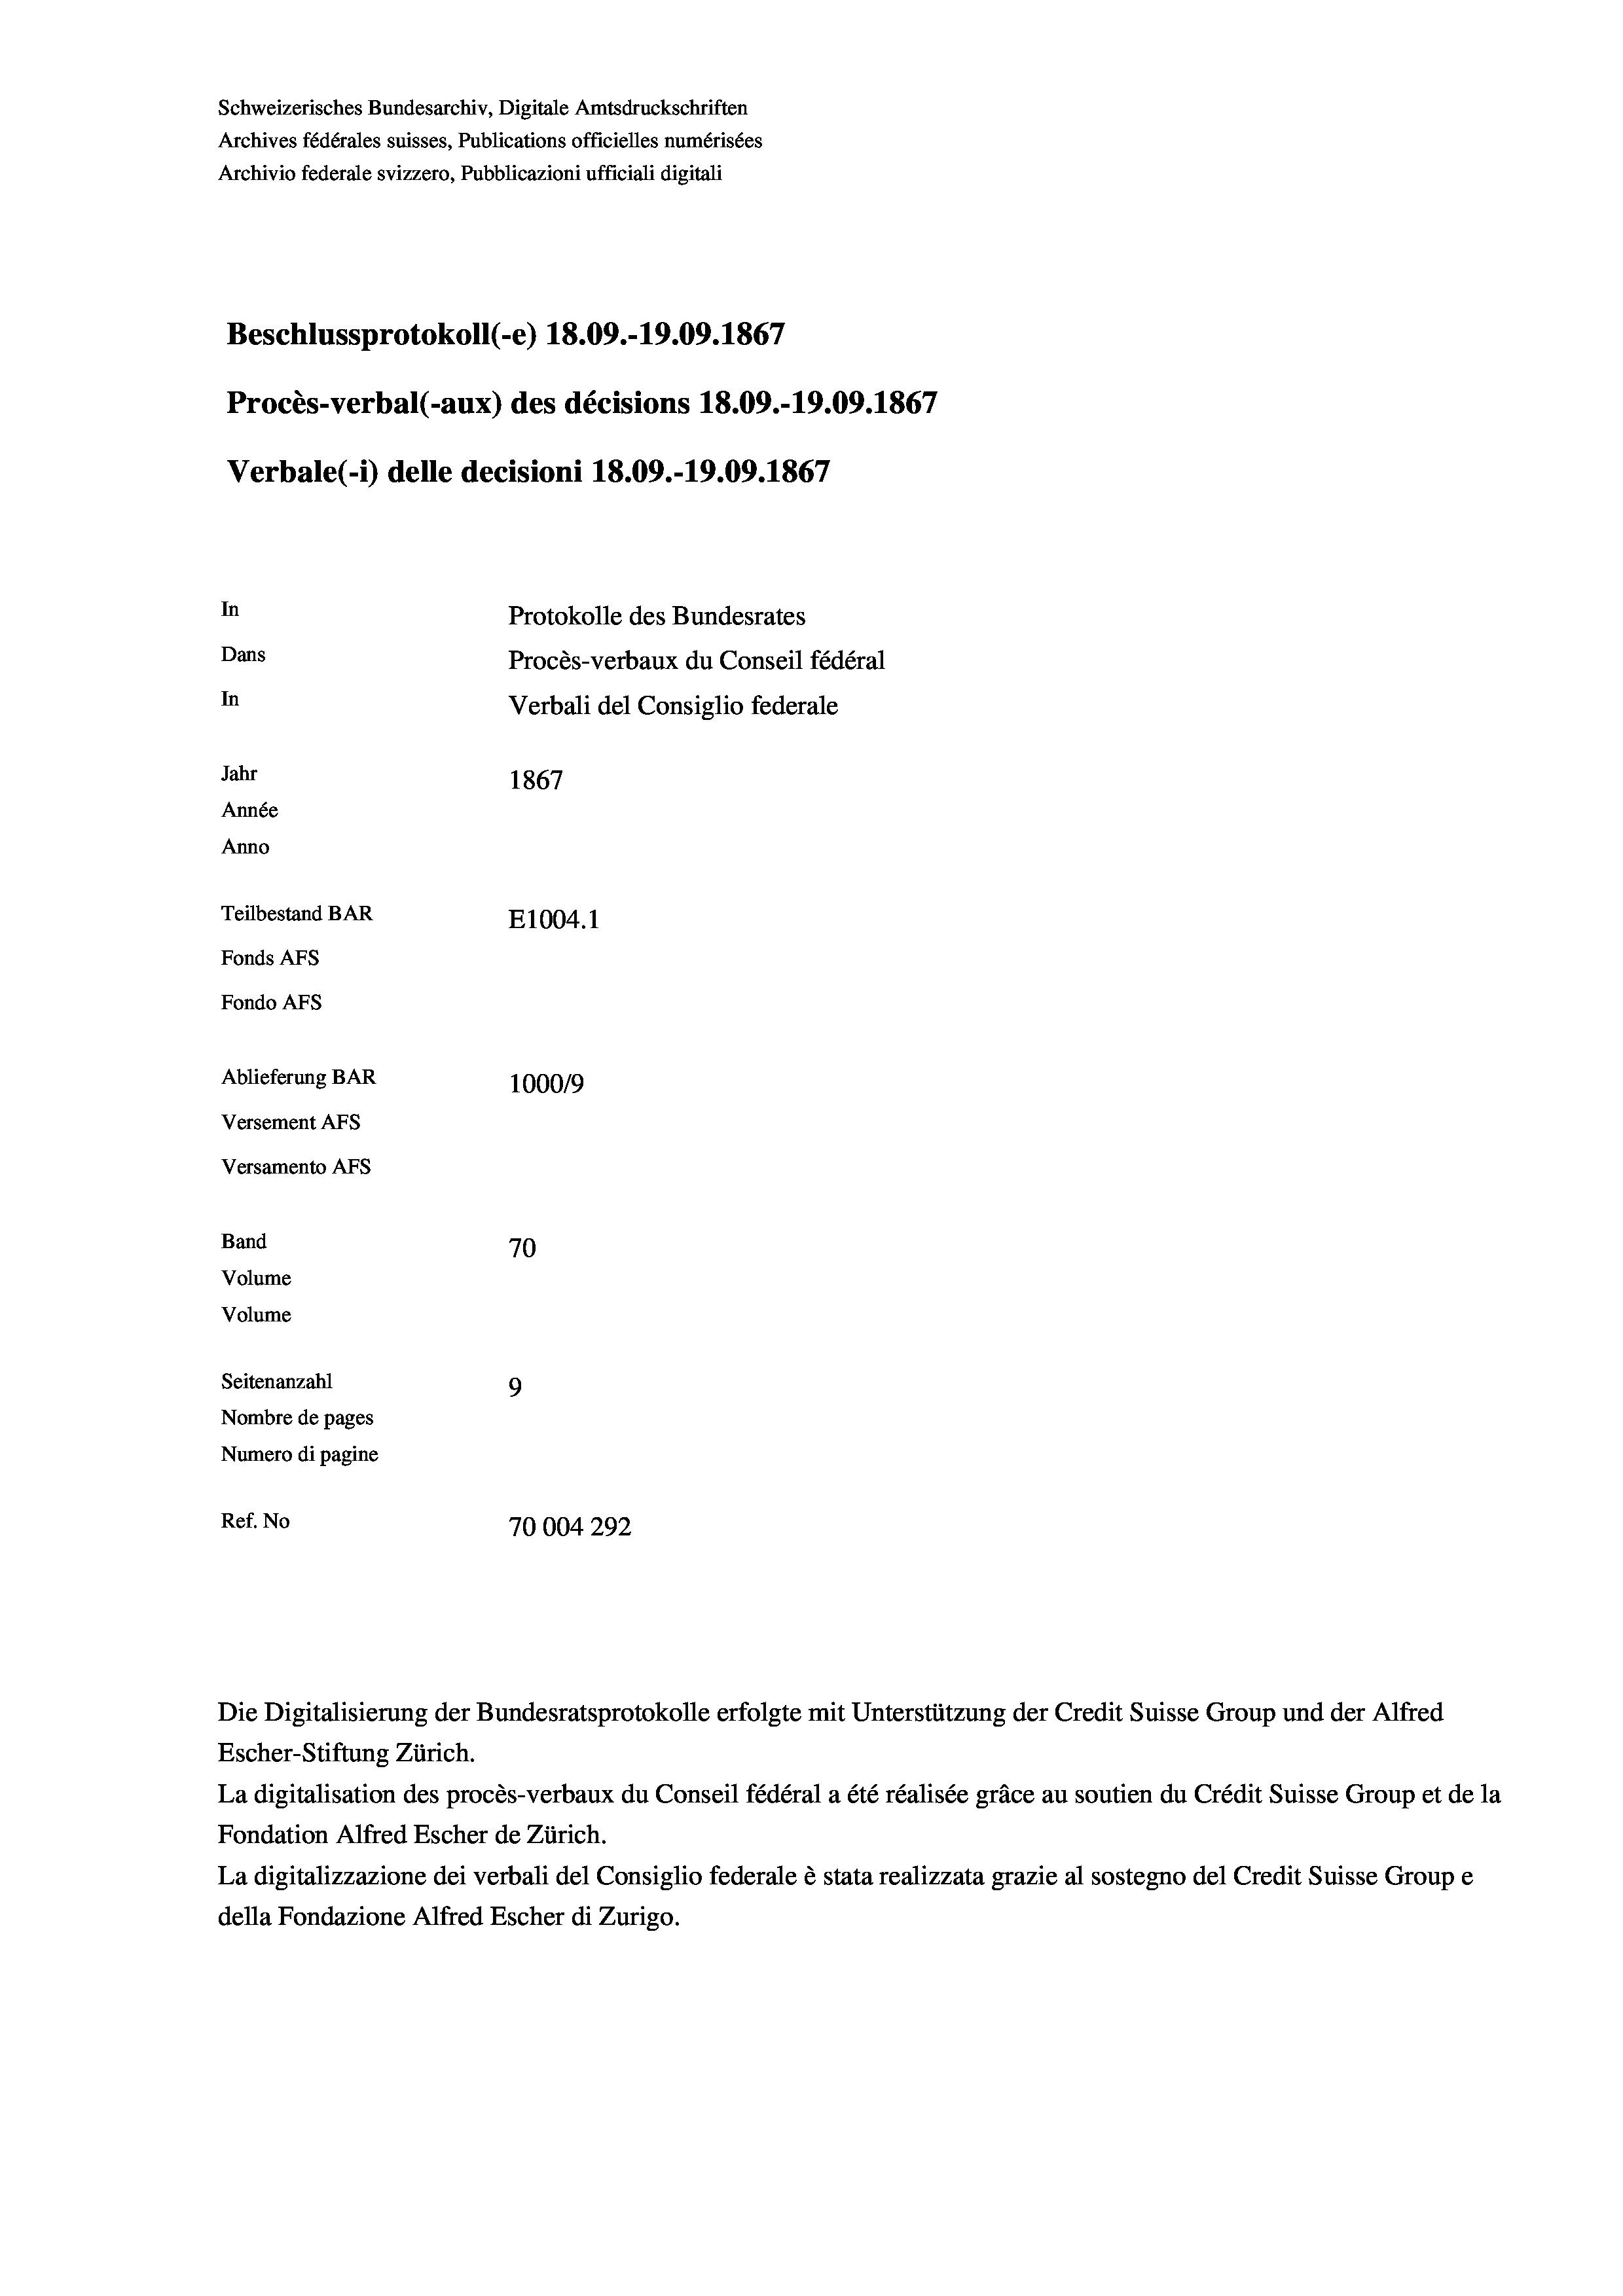
Schweizerisches Bundesarchiv, Digitale Amtsdruckschriften
Archives fédérales suisses, Publications officielles numérisées
Archivio federale svizzero, Pubblicazioni ufficiali digitali
Beschlussprotokoll (-e) 18.09.-19.09. 1867
Procès-verbal (-aux) des décisions 18.09.-19.09. 1867
Verbale (- 1) delle decisioni 18.09.-19.09. 1867
In
Protokolle des Bundesrates
Dans
Procès-verbaux du Conseil fédéral
In
Verbali del Consiglio federale
Jahr
1867
Année
Anno
Teilbestand BAR
E1004.1
Fonds AFs
Fondo AFs
Ablieferung BAR
100019
Versement AFs
Versamento AFs
Band
70
Volume
Volume

Seitenanzahl
9
Nombre de pages
Numero di pagine
Ref. No
70004292

Escher-Stiftung Zürich.
La digitalisation des procès-verbaux du Conseil fédéral a été réalisée gräce au soutien du Crédit Suisse Group et de la
Fondation Alfred Escher de Zürich.
La digitalizzazione dei verbali del Consiglio federale è stata realizzata grazie al sostegno del Credit Suisse Groupe
della Fondazione Alfred Escher di Zurigo.

Die Digitalisierung der Bundesratsprotokolle erfolgte mit Unterstützung der Credit Suisse Group und der Alfred